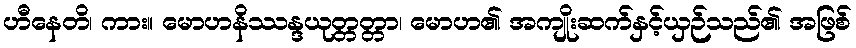
ဟီနေတိ၊ ကား။ မောဟနိဿန္ဒယုတ္တတ္တာ၊ မောဟ၏ အကျိုးဆက်နှင့်ယှဉ်သည်၏ အဖြစ်